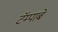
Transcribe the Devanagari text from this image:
टॅम्पाबे